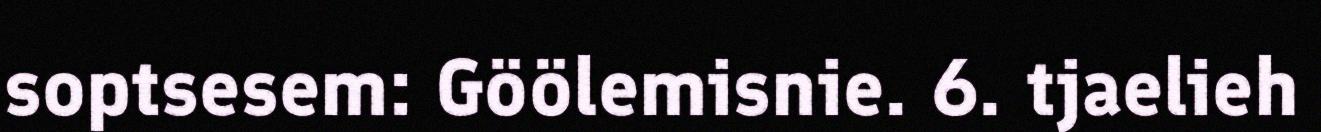
soptsesem: Göölemisnie. 6. tjaelieh